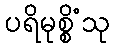
ပရိမုစ္စိံသု